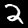
Digit: 2